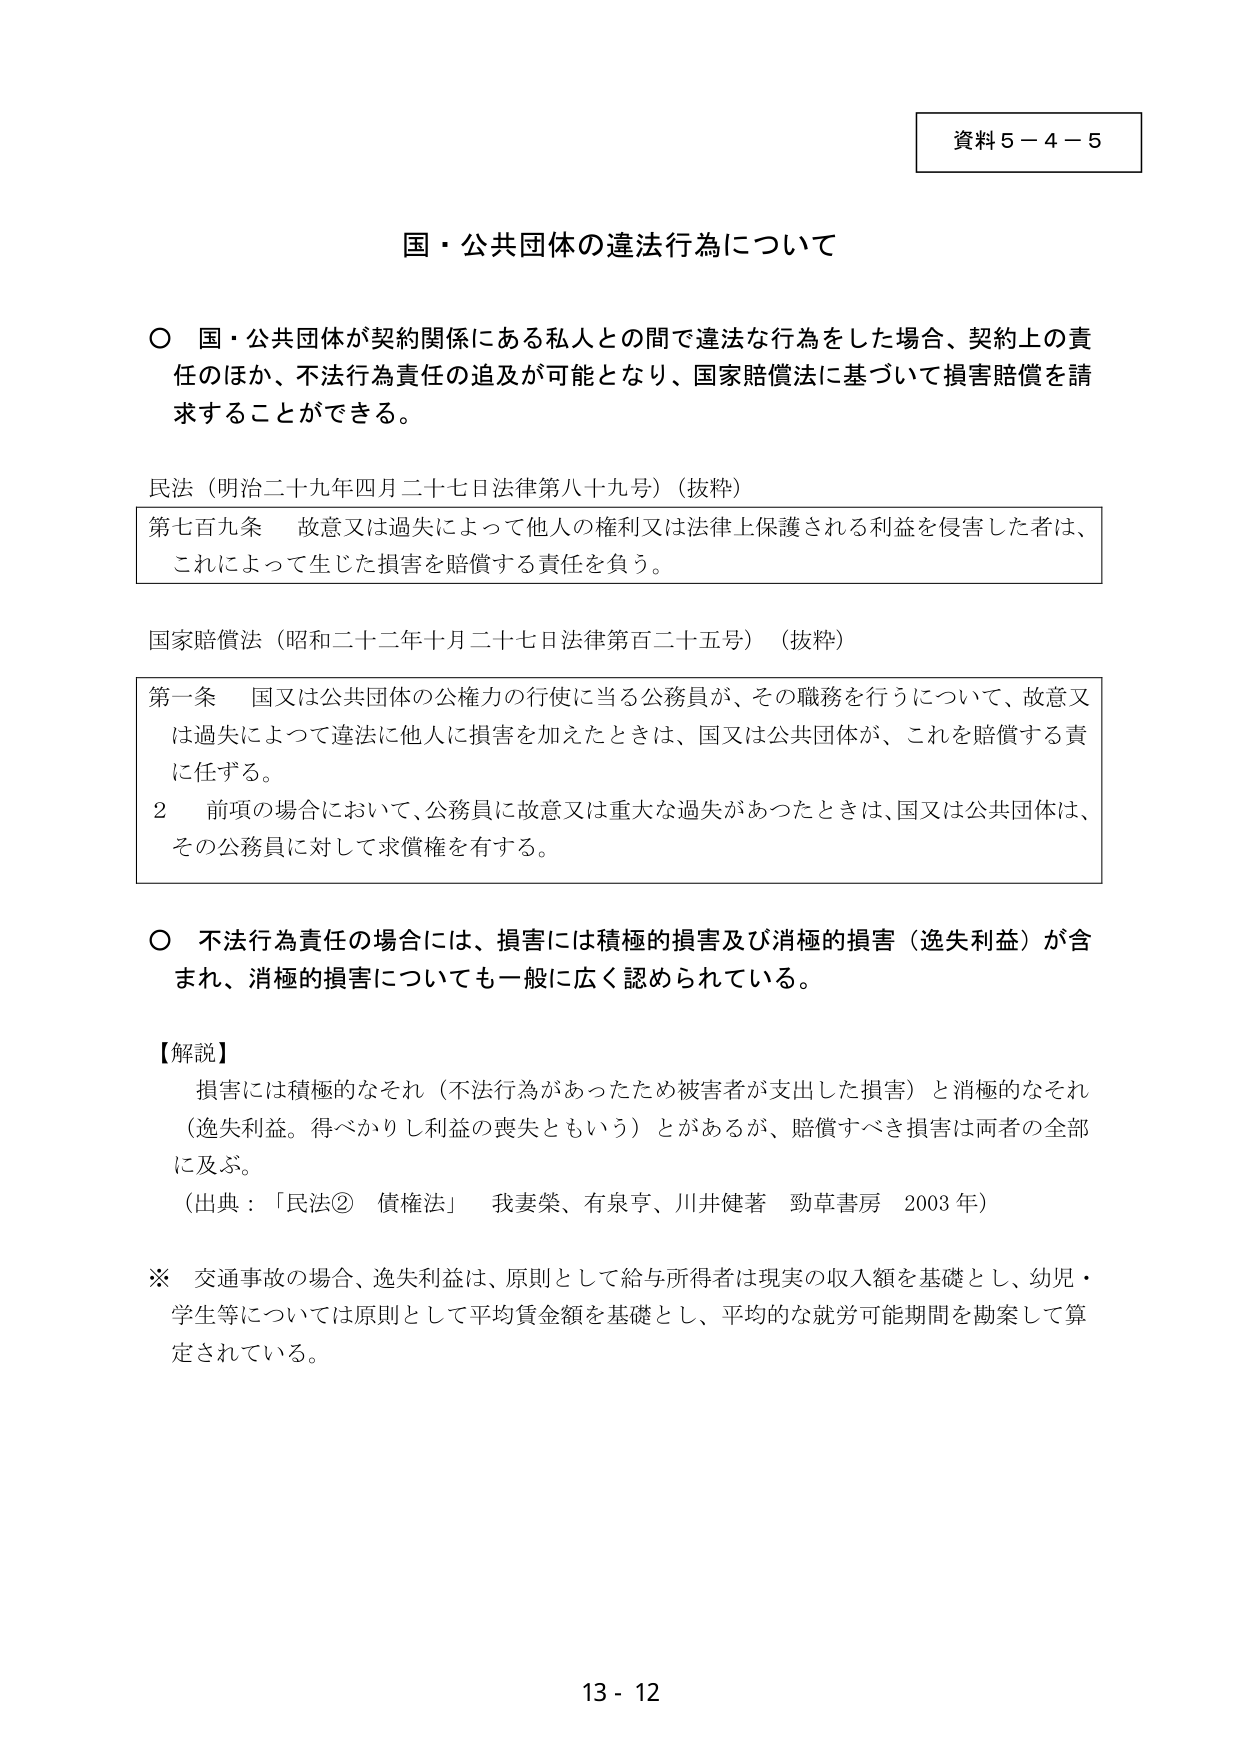
資料５－４－５

国・公共団体の違法行為について

○ 国・公共団体が契約関係にある私人との間で違法な行為をした場合、契約上の責任のほか、不法行為責任の追及が可能となり、国家賠償法に基づいて損害賠償を請求することができる。

民法（明治二十九年四月二十七日法律第八十九号）（抜粋）
第七百九条 故意又は過失によって他人の権利又は法律上保護される利益を侵害した者は、これによって生じた損害を賠償する責任を負う。

国家賠償法（昭和二十二年十月二十七日法律第百二十五号）（抜粋）
第一条 国又は公共団体の公権力の行使に当る公務員が、その職務を行うについて、故意又は過失によって違法に他人に損害を加えたときは、国又は公共団体が、これを賠償する責に任ずる。
２ 前項の場合において、公務員に故意又は重大な過失があったときは、国又は公共団体は、その公務員に対して求償権を有する。

○ 不法行為責任の場合には、損害には積極的損害及び消極的損害（逸失利益）が含まれ、消極的損害についても一般に広く認められている。

【解説】
損害には積極的なそれ（不法行為があったため被害者が支出した損害）と消極的なそれ（逸失利益。得べき利益の喪失ともいう）とがあるが、賠償すべき損害は両者の全部に及ぶ。
（出典：「民法② 債権法」 我妻榮、有泉亨、川井健著 勁草書房 2003年）

※ 交通事故の場合、逸失利益は、原則として給与所得者は現実の収入額を基礎とし、幼児・学生等については原則として平均賃金額を基礎とし、平均的な就労可能期間を勘案して算定されている。

13 - 12